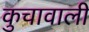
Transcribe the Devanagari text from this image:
कुचावाली